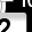
Digit: 2